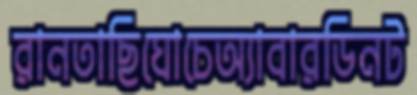
রানতাছিঘোচেঅ্যাবারডিনট